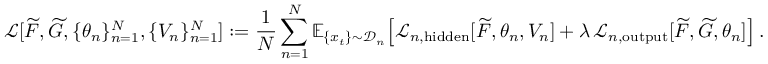
\mathcal { L } [ \widetilde { F } , \widetilde { G } , \{ \theta _ { n } \} _ { n = 1 } ^ { N } , \{ V _ { n } \} _ { n = 1 } ^ { N } ] : = \frac { 1 } { N } \sum _ { n = 1 } ^ { N } \mathbb { E } _ { \{ x _ { t } \} \sim \mathcal { D } _ { n } } \! \left[ \mathcal { L } _ { n , \mathrm { h i d d e n } } [ \widetilde { F } , \theta _ { n } , V _ { n } ] + \lambda \, \mathcal { L } _ { n , \mathrm { o u t p u t } } [ \widetilde { F } , \widetilde { G } , \theta _ { n } ] \right] .